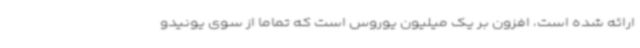
ارائه شده است، افزون بر یک میلیون یوروس است که تماما از سوی یونیدو